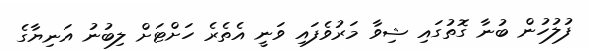
ފުލުހުން ބުނާ ގޮތުގައި ޝިވާ މަރުވެފައި ވަނީ އެތެރެ ހަށްޓަށް ލިބުނު އަނިޔާގެ